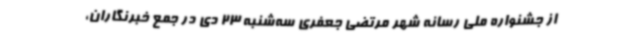
از جشنواره ملی رسانه شهر مرتضی جعفری سه‌شنبه 23 دی در جمع خبرنگاران،